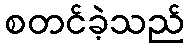
စတင်ခဲ့သည်